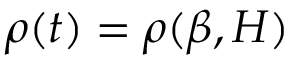
\rho ( t ) = \rho ( \beta , H )